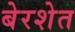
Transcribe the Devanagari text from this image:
बेरशेत